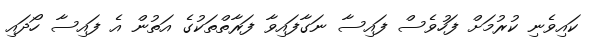
ކައިވެނި ކުރުމަށް ފަހުވެސް ފައިސާ ނަގާފައިވާ ފަރާތްތަކުގެ އަތުން އެ ފައިސާ ހޯދައި